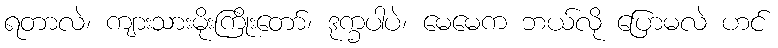
ရတာလဲ၊ ကျားသားမိုးကြိုးတော်၊ ဒုက္ခပါပဲ၊ မေမေက ဘယ်လို ပြောမလဲ ဟင်